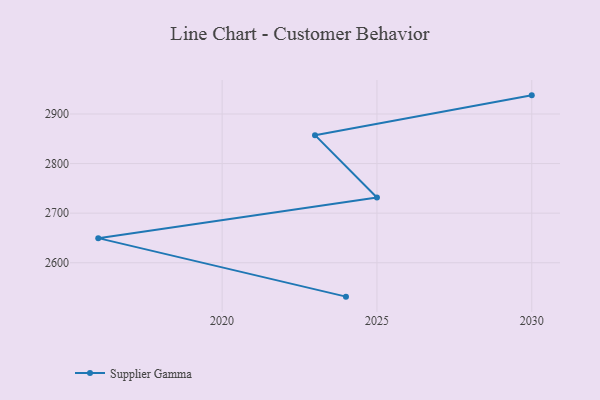
{"axis": {"x": "Year", "y": "Energy Usage (MWh)"}, "legend": ["Supplier Gamma"], "data": [{"x": "2030", "y": 2937.6, "type": "Supplier Gamma"}, {"x": "2023", "y": 2857.3, "type": "Supplier Gamma"}, {"x": "2025", "y": 2731.5, "type": "Supplier Gamma"}, {"x": "2016", "y": 2649.6, "type": "Supplier Gamma"}, {"x": "2024", "y": 2531.6, "type": "Supplier Gamma"}]}